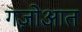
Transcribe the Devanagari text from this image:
गज़ोआत